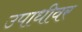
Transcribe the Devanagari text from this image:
उपाधीवर